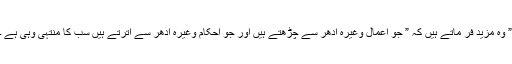
” وہ مزید فر ماتے ہیں کہ ” جو اعمال وغیرہ ادھر سے چڑھتے ہیں اور جو احکام وغیرہ ادھر سے اترتے ہیں سب کا منتہیٰ وہی ہے ۔